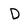
Character: D